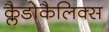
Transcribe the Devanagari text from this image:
क्लैडोकैलिक्स